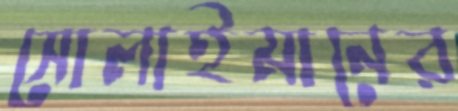
সোলাইমানের